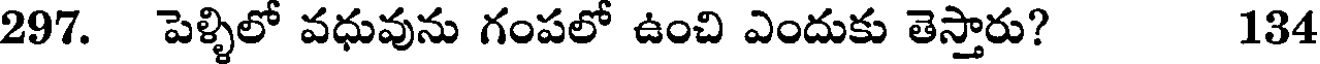
297. పెళ్ళిలో వధువును గంపలో ఉంచి ఎందుకు తెస్తారు? 134